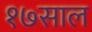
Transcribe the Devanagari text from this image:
१७साल